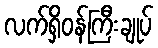
လက်ရှိဝန်ကြီးချုပ်